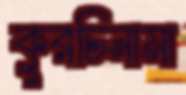
কুরচিনামা